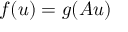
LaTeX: f ( u ) = g ( A u )